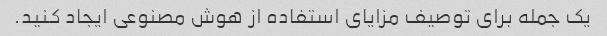
یک جمله برای توصیف مزایای استفاده از هوش مصنوعی ایجاد کنید.